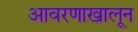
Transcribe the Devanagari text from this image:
आवरणाखालून